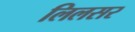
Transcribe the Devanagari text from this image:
लिलसर